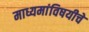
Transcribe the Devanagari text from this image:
माध्यमांविषयीचे